Vabadussoja_Ajaloo_Komitee, lk 7
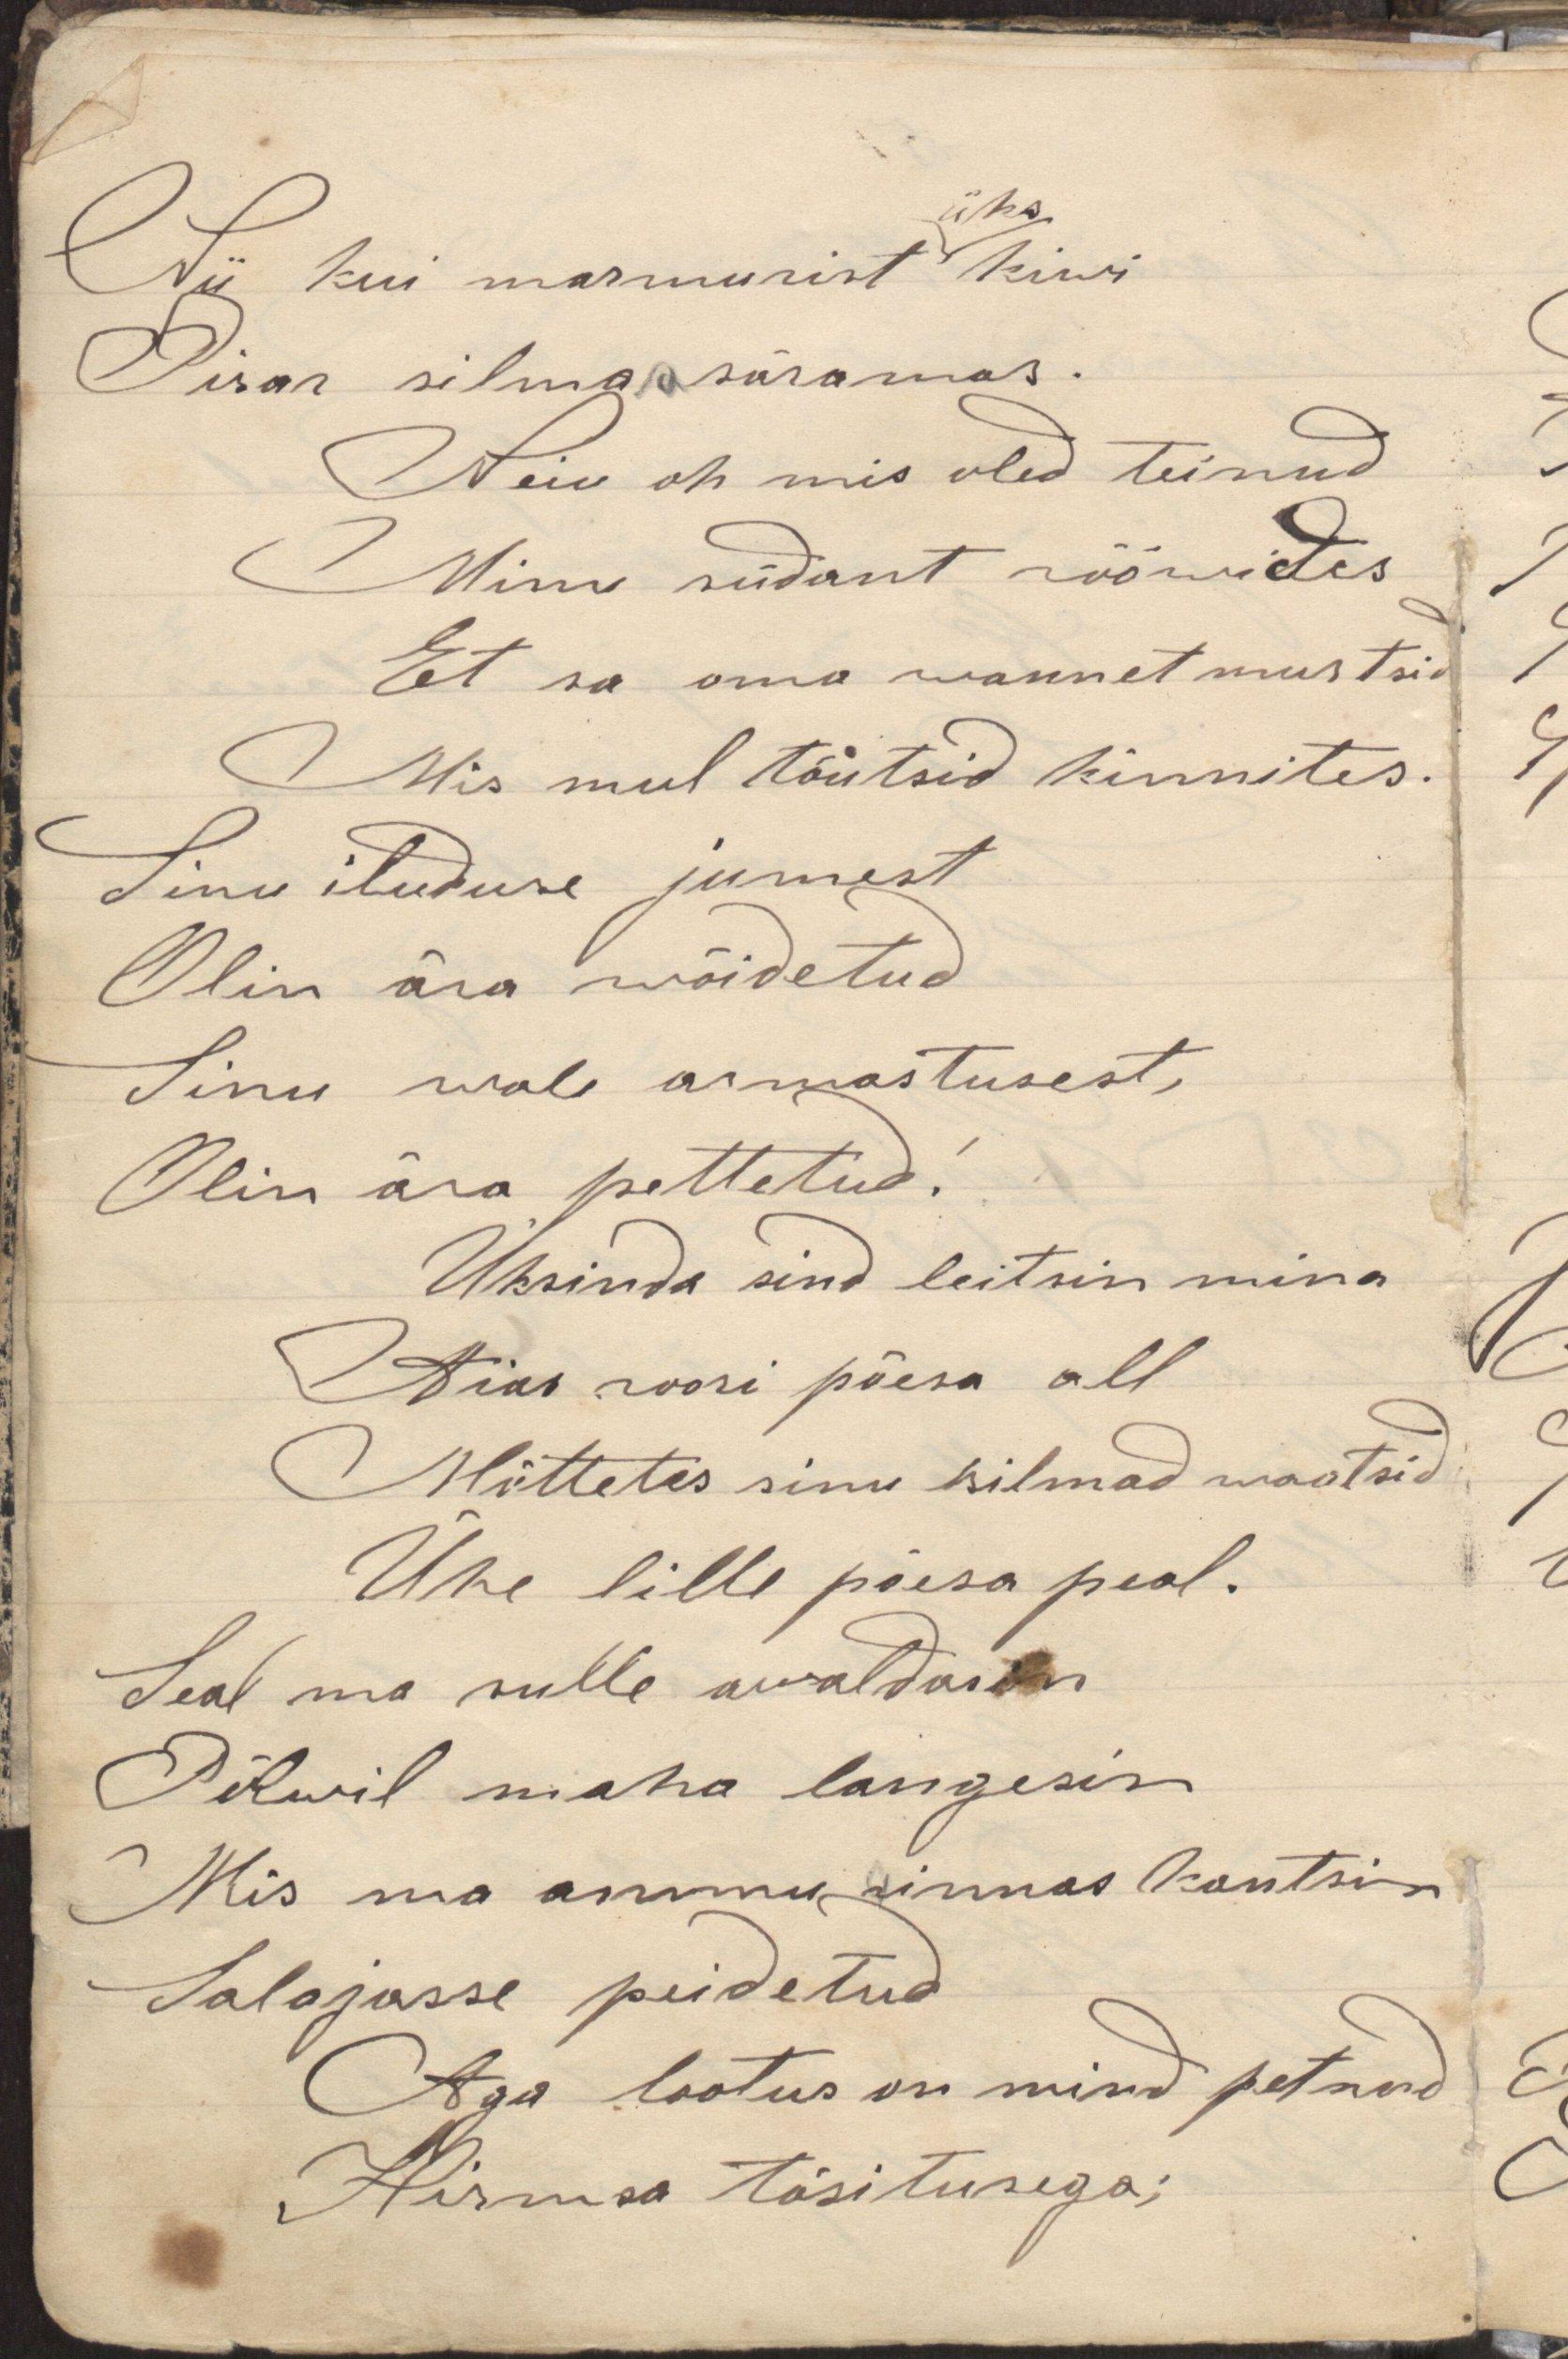
Nii kui marmurist kiwi
Pisar silmas säramas.
Neiu oh mis oled teinud
Minu südant rööwides
Et sa oma wannet murtsid
Mis mul tõutsid kinnites.
Sinu iluduse jumest
Olin ära wõidetud
Sinu wale armastusest,
Olin ära pettetud!
Üksinda sind leitsin mina
Aias noori põesa all
Mõttetes sinu silmad waatsid
Ühe lille põesa peal.
Seal ma sulle awaldasin
Põlwil maha langesin
Mis ma ammu sinnas kantsin
Salajasse peidetud
Aga lootus on mind petnud
Hirmsa tõsitusega;